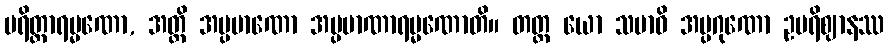
ပရိတ္တာရမ္မဏော, အတ္ထိ အပ္ပမာဏော အပ္ပမာဏာရမ္မဏောတိ။ တတ္ထ ယော သမာဓိ အပ္ပဂုဏော ဥပရိဈာနဿ